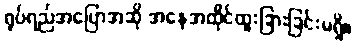
ရုပ်ရည်အပြောအဆို အနေအထိုင်ထူးခြားခြင်းမရှိ။